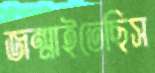
জন্মাইতেছিস